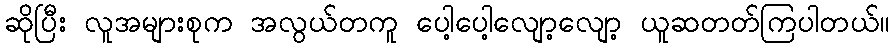
ဆိုပြီး လူအများစုက အလွယ်တကူ ပေါ့ပေါ့လျော့လျော့ ယူဆတတ်ကြပါတယ်။